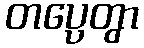
တပ္ပေတွာ